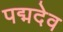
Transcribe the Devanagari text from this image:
पद्मदेव